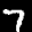
Label: 7